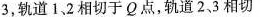
3，轨道1，2相切于Ω点，轨道2，3相切